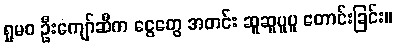
ရှုမဝ ဦးကျော်ဆီက ငွေတွေ အတင်း ဆူဆူပူပူ တောင်းခြင်း။